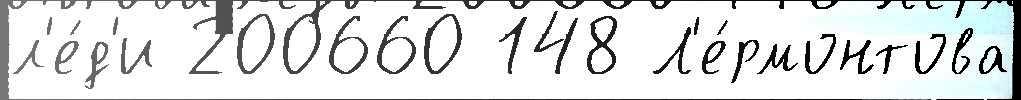
л'е́д'и 200660 148 Л'е́рмонтова